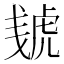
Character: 𰲠